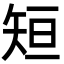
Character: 𮀂